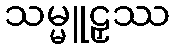
သမ္မူဠှဿ